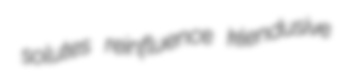
solutes reinfluence klendusive